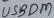
Text: USBDM